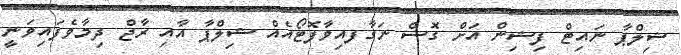
ޝިލްޕާ ނައިޓް ފިޝިިން އަށް ގޮސް ނަގާފއިވާފޮޓޯއެއް ޝިލްޕާ އާއި ރާޖް ދިމާވެފައިވަނީ